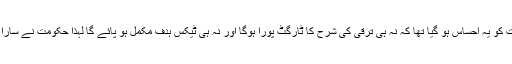
کرونا سے پہلے ہی حکومت کو یہ احساس ہو گیا تھا کہ نہ ہی ترقی کی شرح کا ٹارگٹ پورا ہوگا اور نہ ہی ٹیکس ہدف مکمل ہو پائے گا لہٰذا حکومت نے سارا معاملہ کرونا پر تھوپ گیا۔